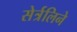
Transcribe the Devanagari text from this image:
सेर्त्रलिने